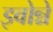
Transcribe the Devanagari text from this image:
इवोन्ने